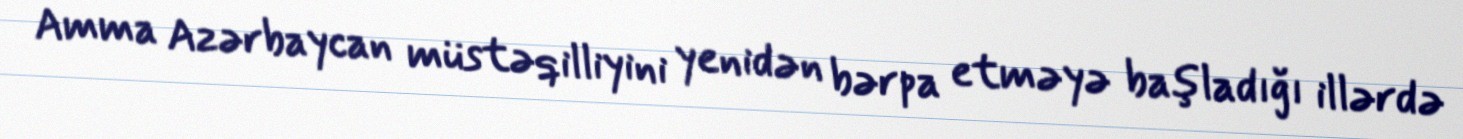
Amma Azərbaycan müstəqilliyini yenidən bərpa etməyə başladığı illərdə